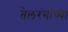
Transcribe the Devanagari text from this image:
तैलरंगांच्या